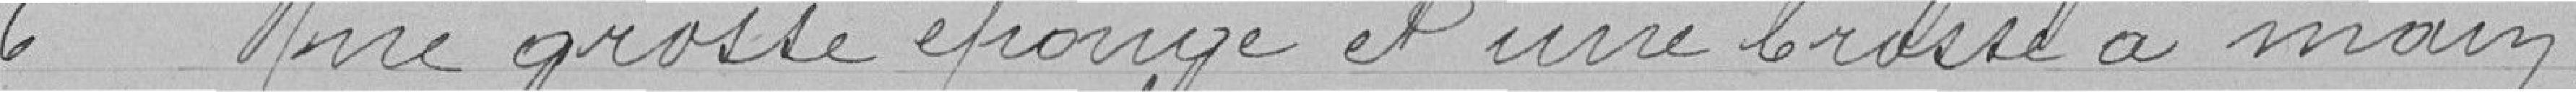
6° Une grosse éponge et une brosse à main